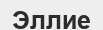
Эллие